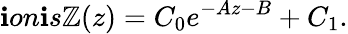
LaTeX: \mathbf{i}on\mathbf{i}s\mathbb{Z}(z)=C_{0}e^{-Az-B}+C_{1}.